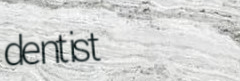
dentist